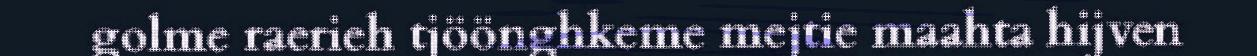
golme raerieh tjöönghkeme mejtie maahta hijven